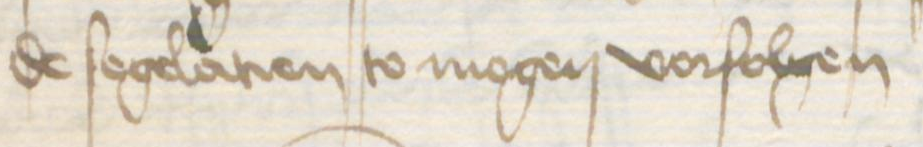
de segelatien to mogen vorfolgen